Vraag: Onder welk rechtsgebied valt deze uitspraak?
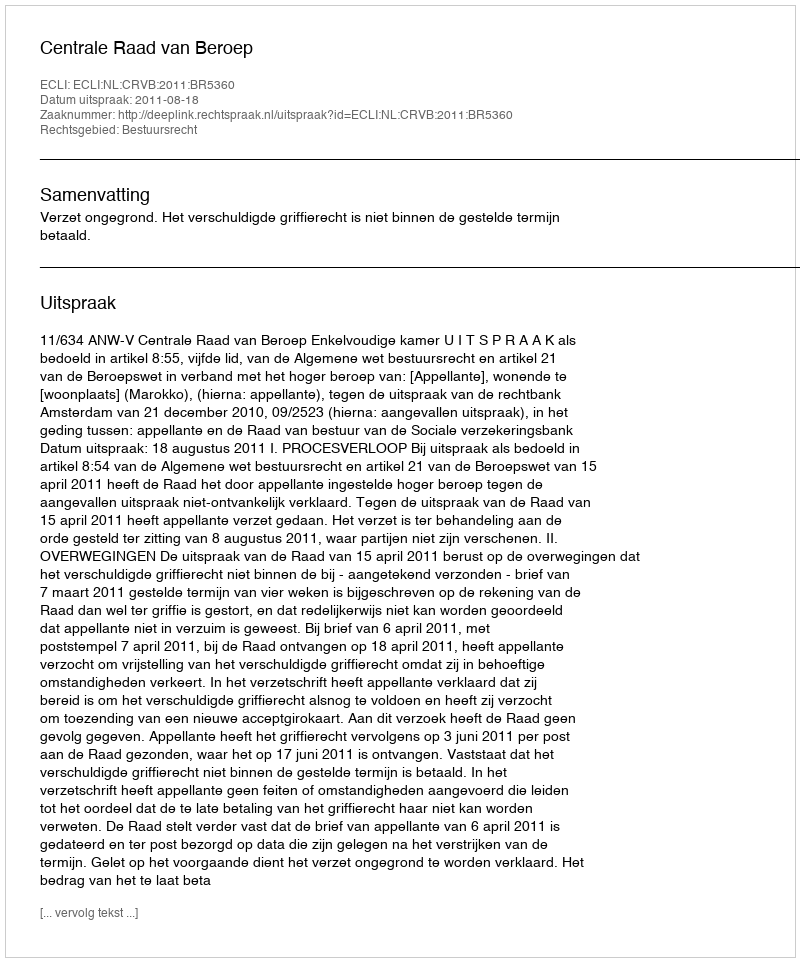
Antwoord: Bestuursrecht